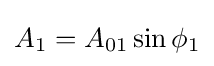
A_{1}=A_{01}\sin {\phi _{1}}